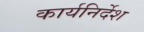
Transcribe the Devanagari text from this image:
कार्यनिर्देश